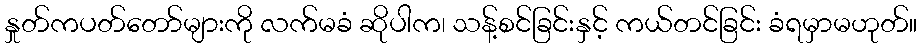
နှုတ်ကပတ်တော်များကို လက်မခံ ဆိုပါက၊ သန့်စင်ခြင်းနှင့် ကယ်တင်ခြင်း ခံရမှာမဟုတ်။